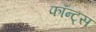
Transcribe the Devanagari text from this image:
फॉन्ट्स